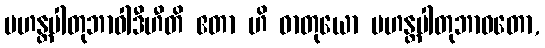
မဟန္တပါတုဘာဝါဒီဟီတိ ဧတာ ဟိ ဓာတုယော မဟန္တပါတုဘာဝတော,